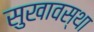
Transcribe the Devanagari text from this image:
सुखावस्था